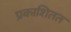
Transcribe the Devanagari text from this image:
प्रकाशितत